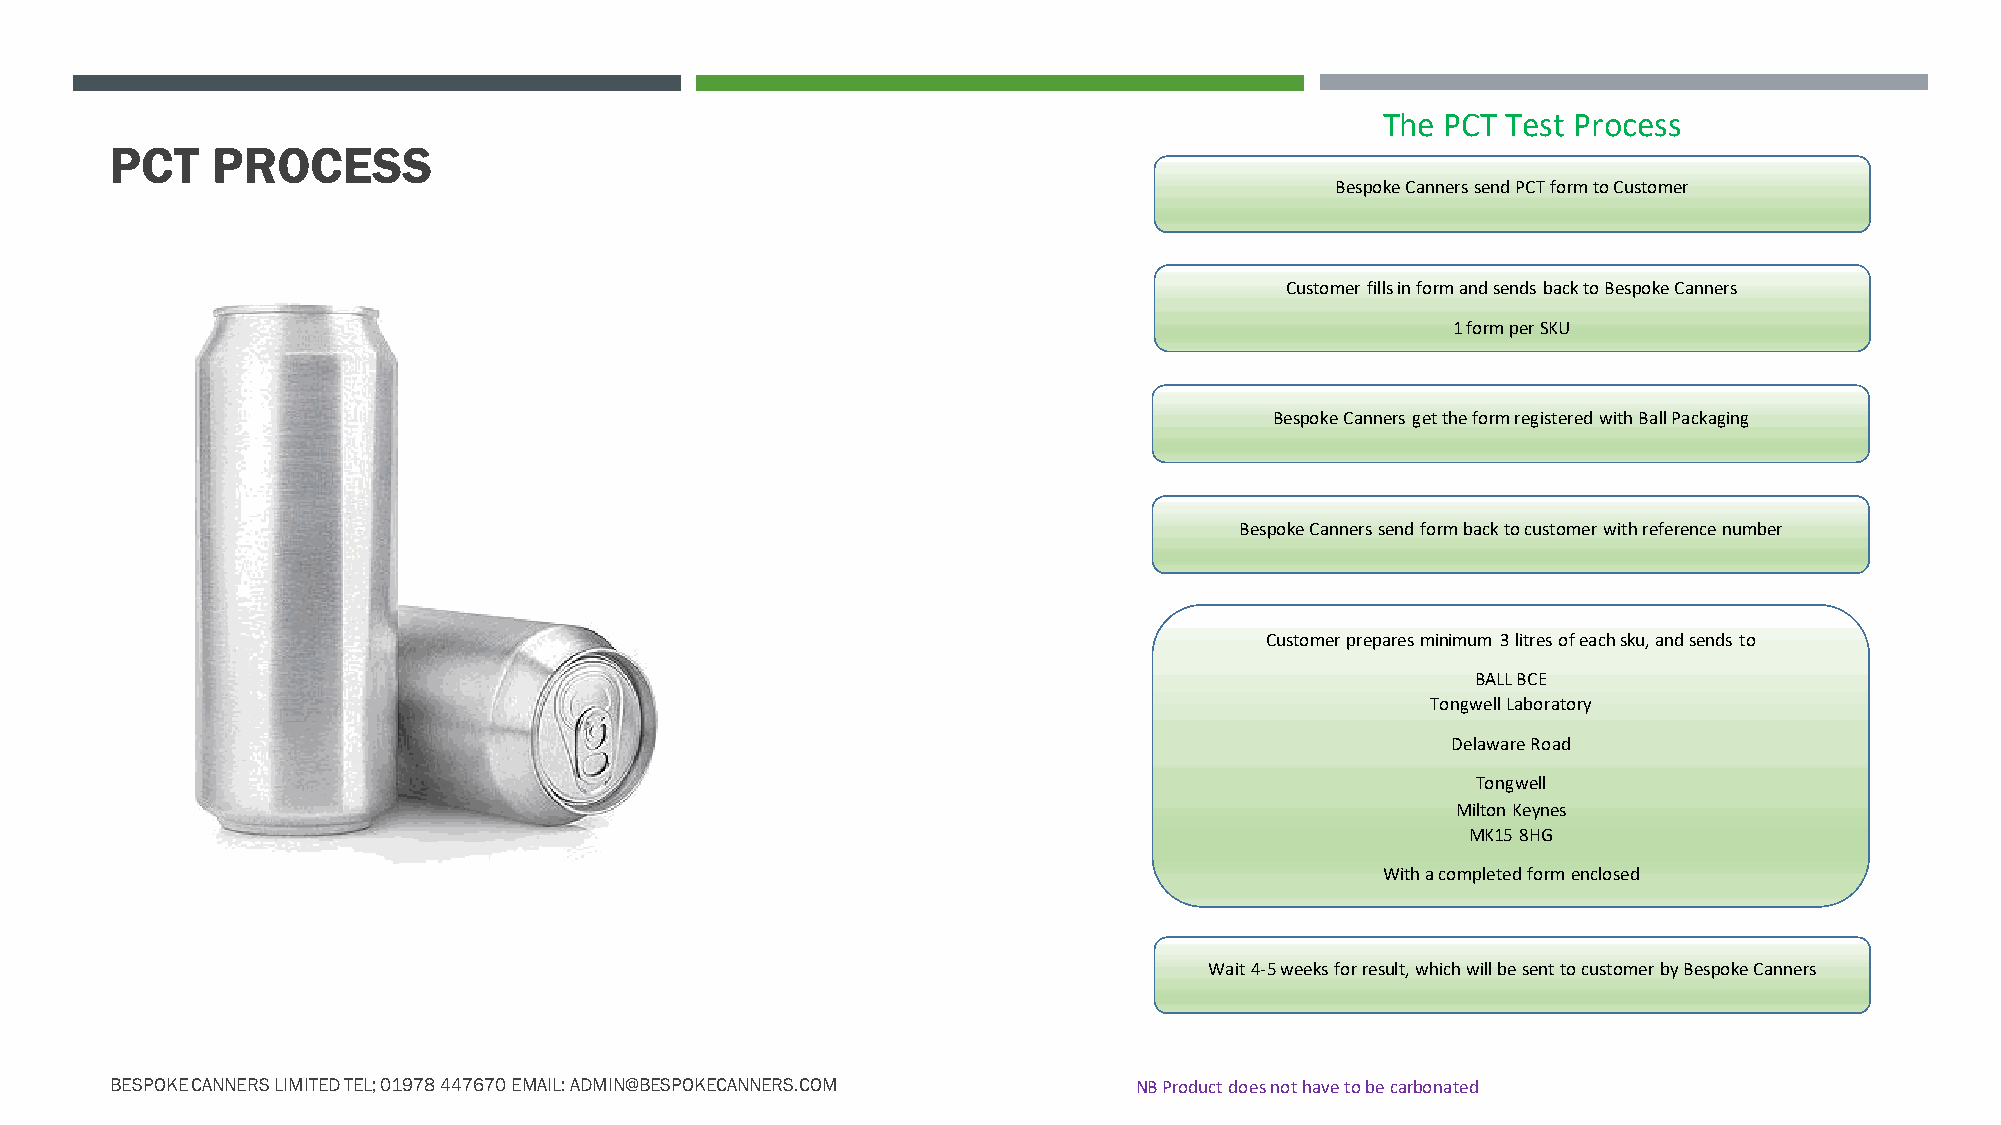
Units 1A and 1B, Alyn Industrial Park, Wrexham LL12 9YG
 01978 447670 – 07712 702005
 The PCT Test Process
 PCT    PROCESS
 Bespoke Canners send PCT form to Customer
 Customer fills in form and sends back to Bespoke Canners
 1 form per SKU
 Bespoke Canners get the form registered with Ball Packaging
 Bespoke Canners send form back to customer with reference number
 Customer prepares minimum 3 litres of each sku, and sends to
 BALL BCE
 Tongwell Laboratory
 Delaware Road
 Tongwell
 Milton Keynes
 MK15 8HG
 With a completed form enclosed
 Wait 4-5 weeks for result, which will be sent to customer by Bespoke Canners
 BESPOKE CANNERS LIMITED TEL; 01978 447670 EMAIL: ADMIN@BESPOKECANNERS.COM NB Product does not have to be carbonated